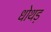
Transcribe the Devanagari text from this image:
धोथड़